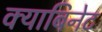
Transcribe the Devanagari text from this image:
क्याबिनेट